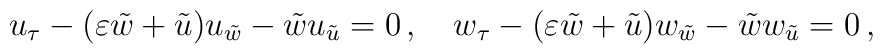
u_{\tau} -(\varepsilon {\tilde w} + {\tilde u})u_{\tilde w}               - {\tilde w} u_{{\tilde u}} = 0 \,,\quad  w_{\tau} -(\varepsilon {\tilde w} + {\tilde u})w_{\tilde w}               - {\tilde w} w_{{\tilde u}} = 0 \,,